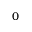
0